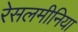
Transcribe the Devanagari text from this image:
रेसलमीनिया